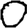
Digit: 0